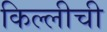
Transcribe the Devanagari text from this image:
किल्लीची